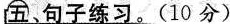
五、句子练习。（10分）